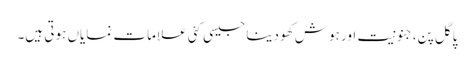
پاگل پن،جنونیت اور ہوش کھو دینا جیسی کئی علامات نمایاں ہوتی ہیں۔